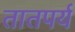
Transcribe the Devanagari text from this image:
तातपर्य